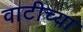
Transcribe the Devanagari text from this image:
वाटीच्या